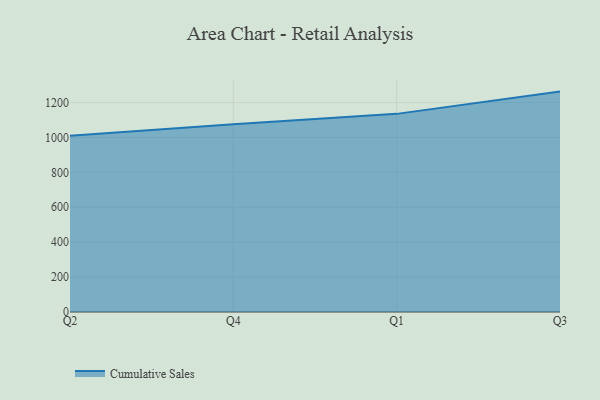
{"axis": {"x": "Quarter", "y": "Market Share (%)"}, "legend": ["Cumulative Sales"], "data": [{"x": "Q2", "y": 1009.3, "type": "Cumulative Sales"}, {"x": "Q4", "y": 1075.2, "type": "Cumulative Sales"}, {"x": "Q1", "y": 1135.0, "type": "Cumulative Sales"}, {"x": "Q3", "y": 1262.6, "type": "Cumulative Sales"}]}